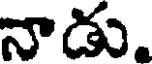
నాడు.